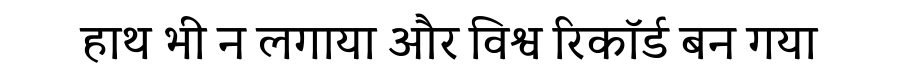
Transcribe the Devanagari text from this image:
हाथ भी न लगाया और विश्व रिकॉर्ड बन गया